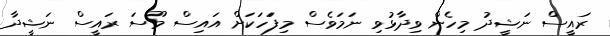
ރައީސް ނަޝީދު މިހެން ވިދާޅުވި ނަމަވެސް މިފަަހަކަށް އައިސް މޫސަ ރައީސް ނަޝީދާ